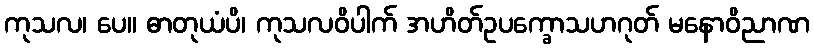
ကုသလ၊ ပေ။ ဓာတုယံပိ၊ ကုသလဝိပါက် အဟိတ်ဥပက္ခောသဟဂုတ် မနောဝိညာဏ